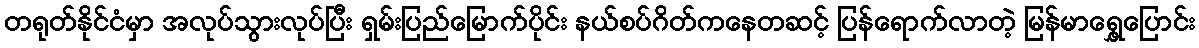
တရုတ်နိုင်ငံမှာ အလုပ်သွားလုပ်ပြီး ရှမ်းပြည်မြောက်ပိုင်း နယ်စပ်ဂိတ်ကနေတဆင့် ပြန်ရောက်လာတဲ့ မြန်မာရွှေ့ပြောင်း